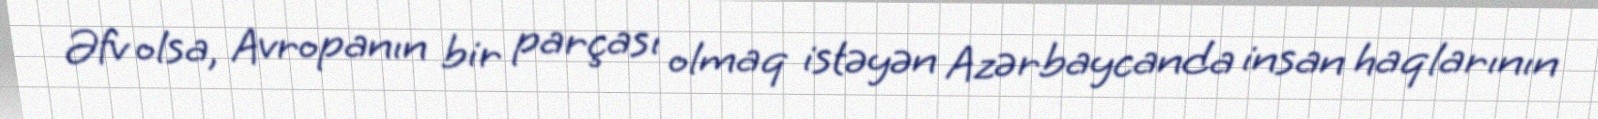
Əfv olsa, Avropanın bir parçası olmaq istəyən Azərbaycanda insan haqlarının